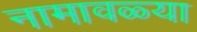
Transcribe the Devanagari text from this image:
नामावळ्या